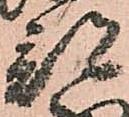
部